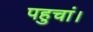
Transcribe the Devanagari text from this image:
पहुचां।